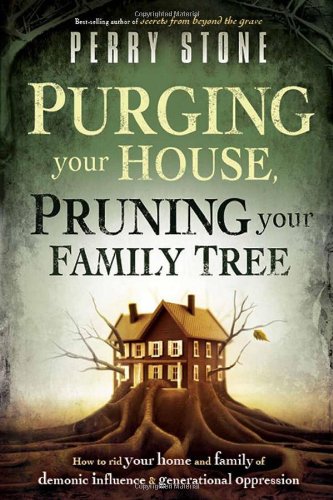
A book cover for Purging Your House, Pruning Your Family Tree: How to Rid Your Home and Family of Demonic Influence and Generational Oppression; Perry Stone; Christian Books & Bibles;